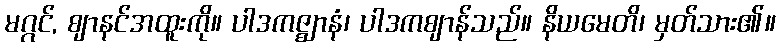
မဂ္ဂင်, ဈာနင်အထူးကို။ ပါဒကဇ္ဈာနံ၊ ပါဒကဈာန်သည်။ နိယမေတိ၊ မှတ်သား၏။